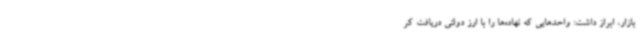
بازار، ابراز داشت: واحدهایی که نهاده‌ها را با ارز دولتی دریافت کر